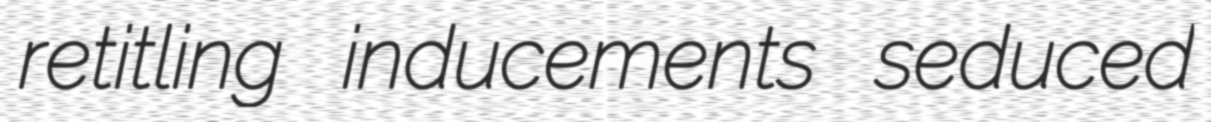
retitling inducements seduced